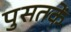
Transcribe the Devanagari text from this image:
पुसतकें